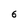
Character: 6